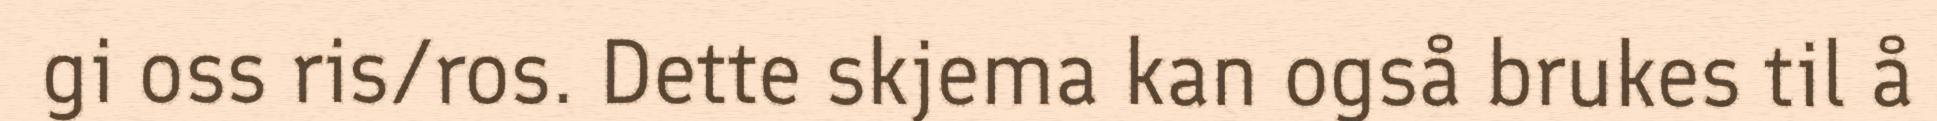
gi oss ris/ros. Dette skjema kan også brukes til å